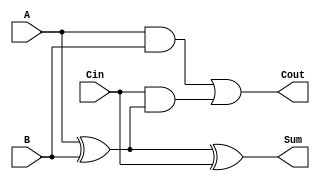
module full_adder (
    input wire A,    // First input bit
    input wire B,    // Second input bit
    input wire Cin,  // Carry-in bit
    output wire Sum, // Resulting sum bit
    output wire Cout // Carry-out bit
);

// Internal signals for the intermediate calculations
wire A_XOR_B;

// Calculate Sum
assign A_XOR_B = A ^ B;      // A XOR B
assign Sum = A_XOR_B ^ Cin;  // Sum = (A XOR B) XOR Cin

// Calculate Cout
assign Cout = (A & B) | (Cin & A_XOR_B); // Cout = (A AND B) OR (Cin AND (A XOR B))

endmodule